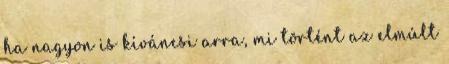
ha nagyon is kíváncsi arra, mi történt az elmúlt